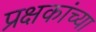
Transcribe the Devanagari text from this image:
प्रक्षकांच्या